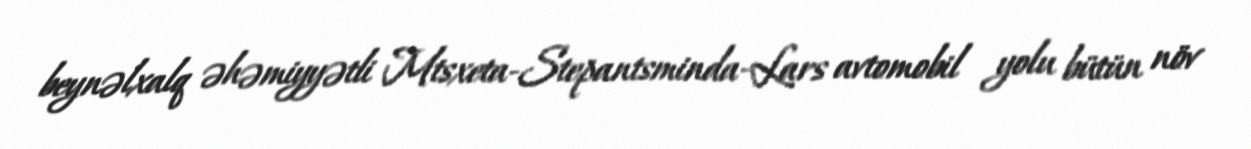
beynəlxalq əhəmiyyətli Mtsxeta-Stepantsminda-Lars avtomobil yolu bütün növ